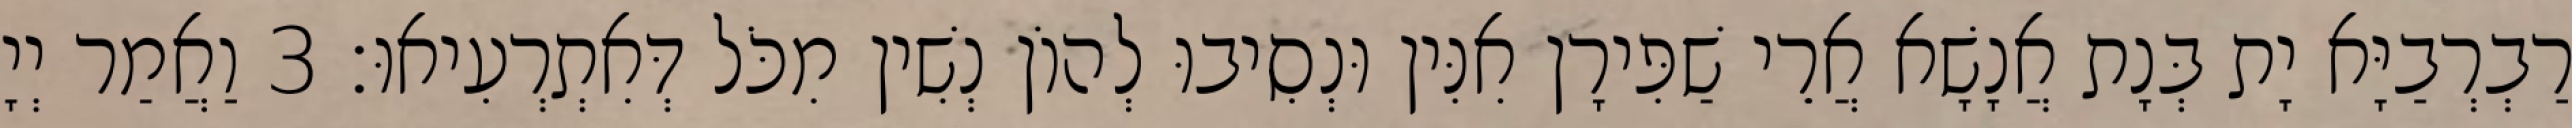
רַבְרְבַיָּא יָת בְּנָת אֲנָשָׁא אֲרֵי שַׁפִּירָן אִנִּין וּנְסִיבוּ לְהוֹן נְשִׁין מִכֹּל דְּאִתְרְעִיאוּ׃ 3 וַאֲמַר יְיָ